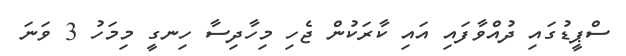
ސްޕީޑުގައި ދުއްވާފައި އައި ކާރަކުން ޖެހި މިހާދިސާ ހިނގީ މިމަހު 3 ވަނަ